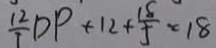
\frac { 1 2 } { 7 } D P + 1 2 + \frac { 1 8 } { 5 } = 1 8